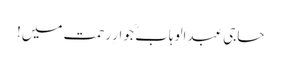
حاجی عبدالوہاب ؒ جوارِ رحمت میں!